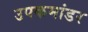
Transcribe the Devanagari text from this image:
उपकमांडर